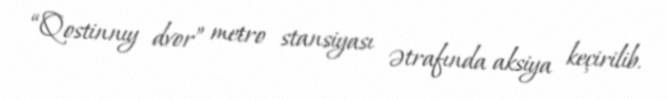
“Qostinnıy dvor” metro stansiyası ətrafında aksiya keçirilib.